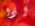
اذا